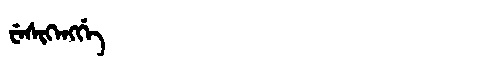
Manchu: ᠸᡝᠰᡳᡴᡝᠩᡤᡝ
Romanization: WESIKENGGE